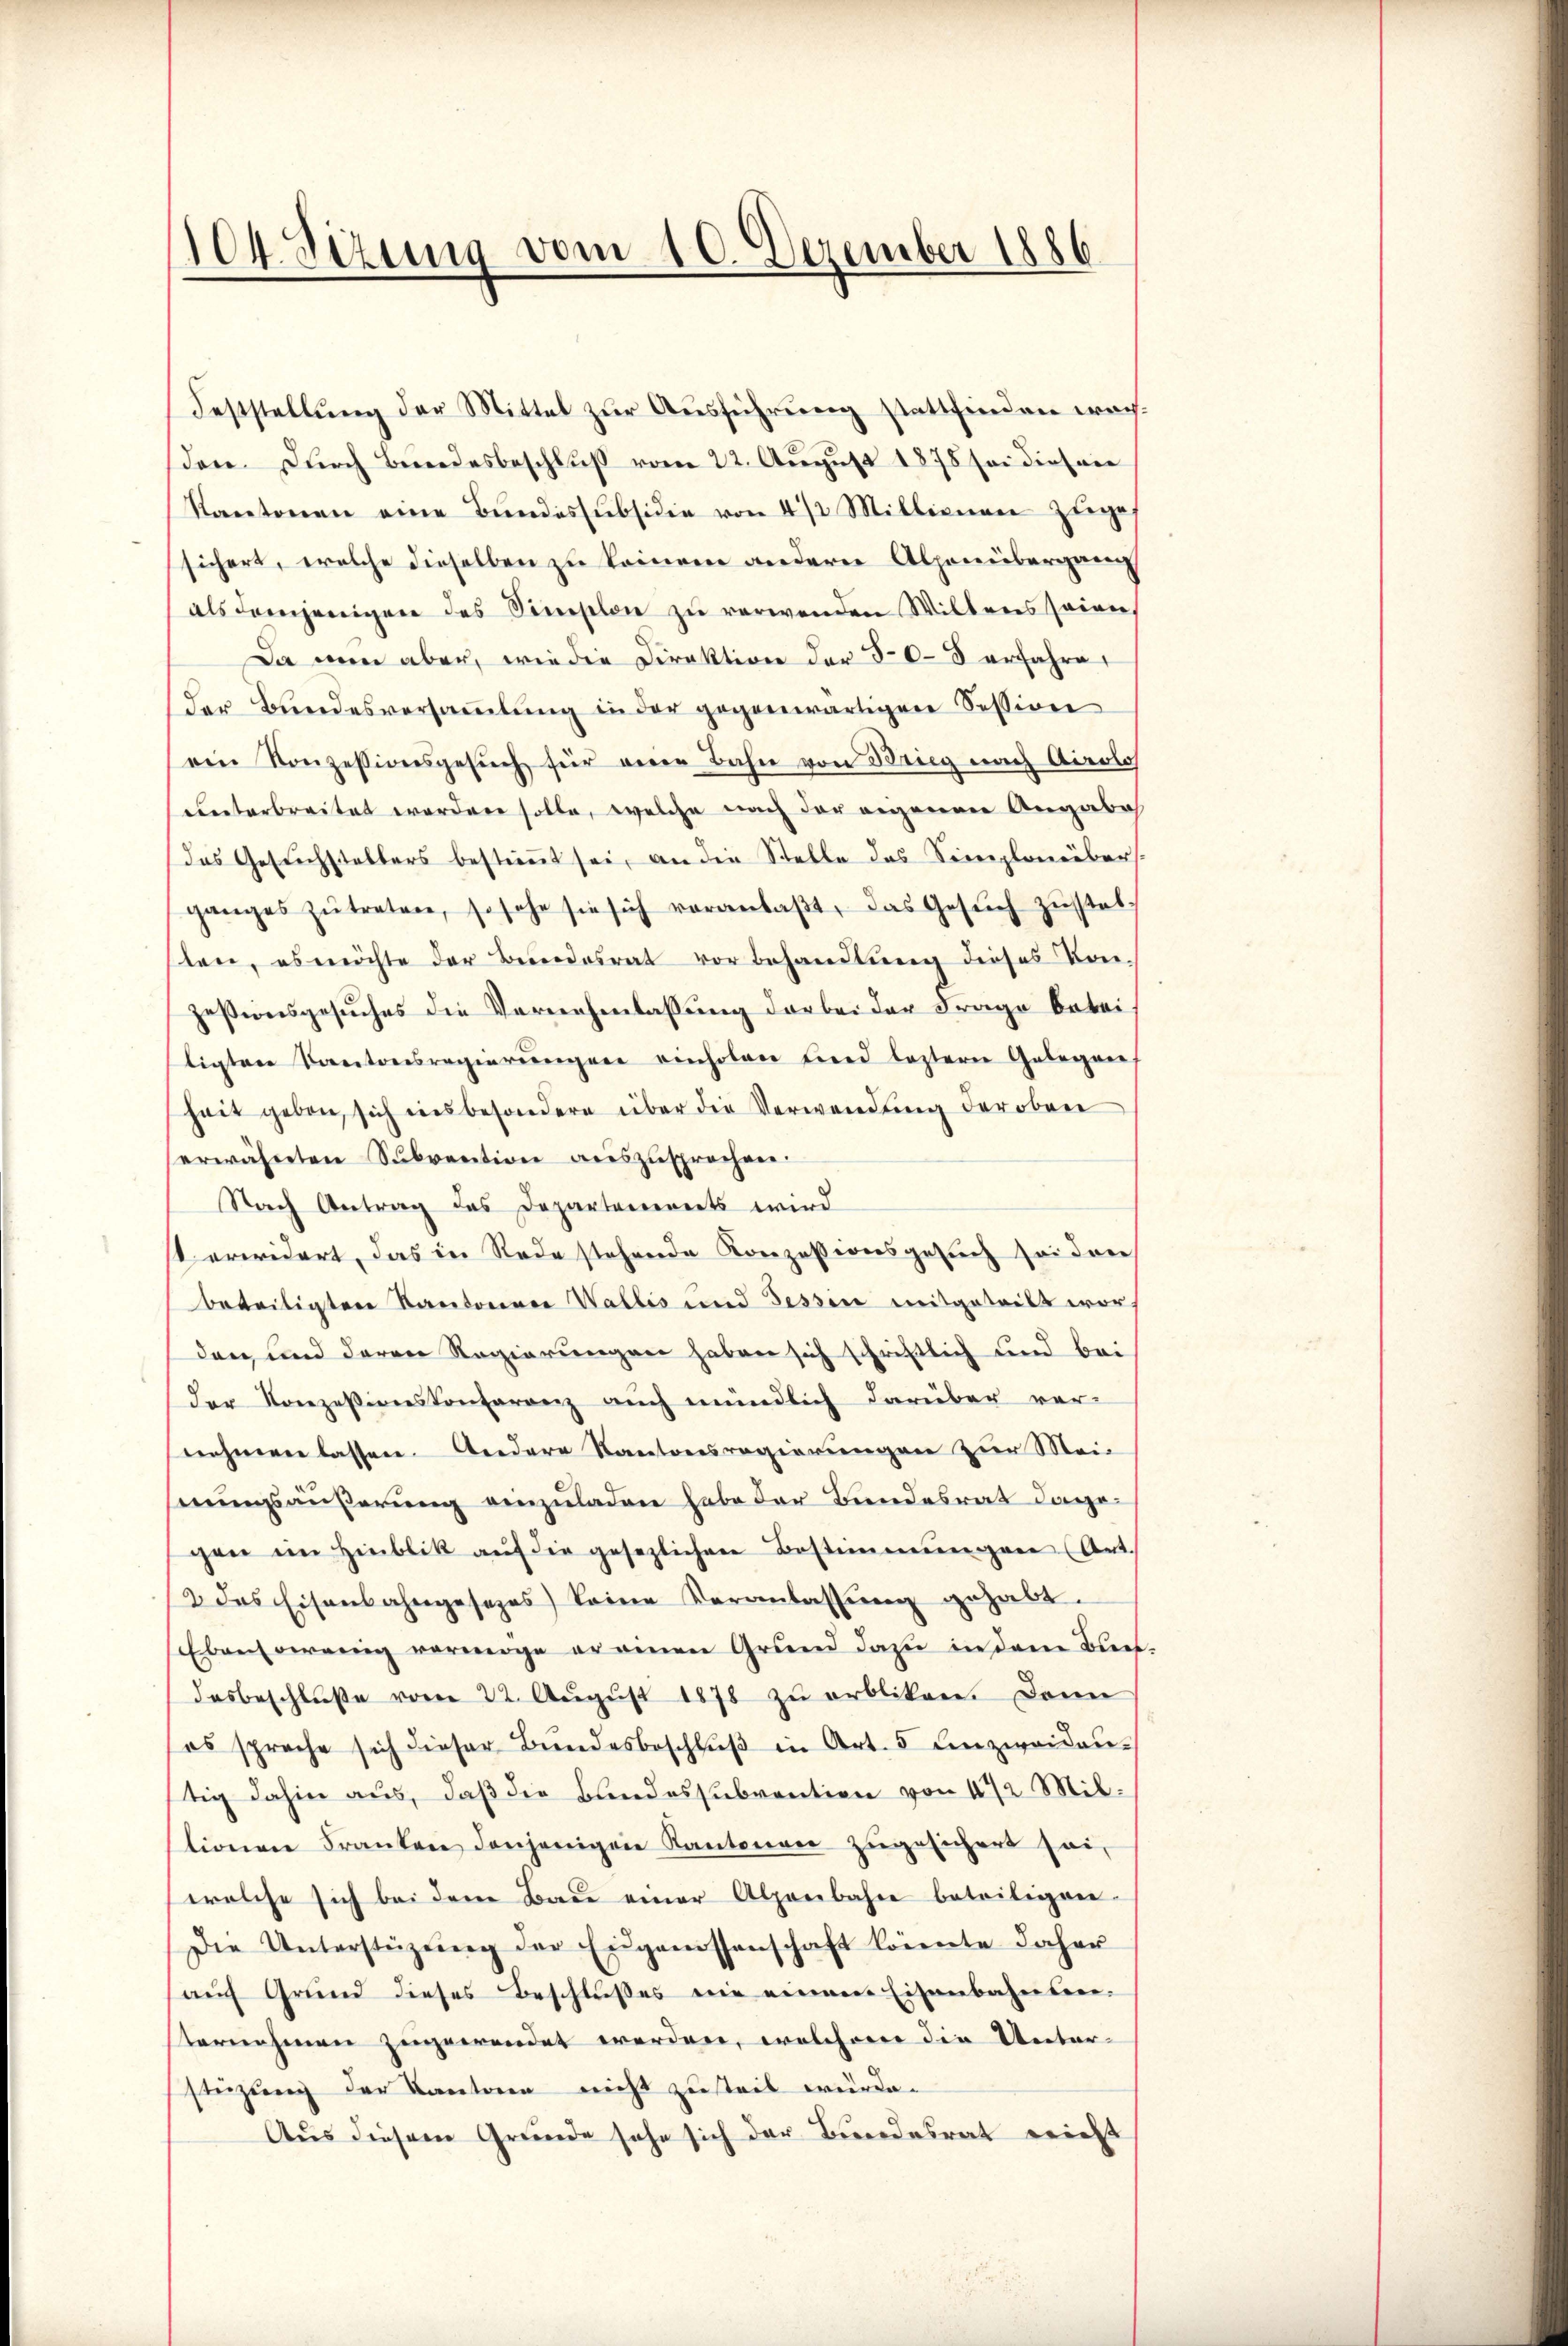
104. Sitzung vom 10. Dezember 1886

Feststellŭng der Mittel zur Ausführung stattfinden woch.
den. Dŭrch Bŭndesbeschlŭβ vom 22. Aŭgŭst 1878 sei diesene
Kantonen eine Bŭndessubsidie von 4 1/2 Millisiere Ziege
sichert, welche dieselben zu keinem andern Alpenübergang
als demjenigen des Simplon zu verwenden Willers seien
Da man aber, wie die Direktion der 30–5 erfahre
der Bundesversaṁlŭng in der gegenwärtigen Session
ein Konzessionsgesŭch für eine Bahn von Brieg nach Airolos
uunterbreitet worden solle, welche nach der eigenen Angabe
das Gesuchstellers bestimmt sei, an die Stelle das Simplonübers
ganges zŭtreten, so sehe sie sich veranlaβt, das Gesŭch zŭstelten, es möchte der Bundesrat vorbehandlung dieses Vor-
Zessionsgesuches die Vernehmlassung darbei der Frage beteiligten Kantonsregierungen einholen und leztern Gelegen
heit geben, sich insbesondere über die Verwendung deroben
erwähnten Sŭbvention aŭszŭsprochen.
Nach Antrag des Departements wird
st erwidert, das in Rede stehende Konzessionsgesuch sei den
beteiligten Kantonen Wallis und Tessin mitgeteilt worden und deren Regierungen haben sich schriftlich und bei
der Konzessionskonferenz aŭch mündlich darüber vor-
nehmen lassen. Andere Kantonsregierungen zur Mei-
nungsäußerung einzuladen habe der Bandesrat dagegen im Hinblik aŭf die gesezlichen Bestimmungen (Art.
2 das Eisenbahngesezes) keine Veranlassŭng gehabt.
Ebensowenig vermöge er einen Grund dazu in dem Buch
desbeschlŭβe vom 22. Aŭgŭst 1878 zŭ orbliken. Dann
es spreche sich dieser Bŭndesbeschlŭβ in Art. 5 unzweiden-
tig dahin aus, daß die Bundessubvention von 472 Miltionen Franken denjenigen Kantonen zugesichert sei,
welche sich bei dem Bau einer Alpenbahne beteiligen.
Die Unterstützŭng der Eigenossenschaft könnte daher
auf Grund dieses Beschlußes wie einem Eisenbahntenternehmen zugewendet werden, welchere die Unter-
stüzung der Kantonen nicht zusteil wurde.
Aus diesem Grunde sehe sich der Bundesrat reicht